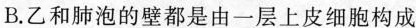
B.乙和肺泡的壁都是由一层上皮细胞构成